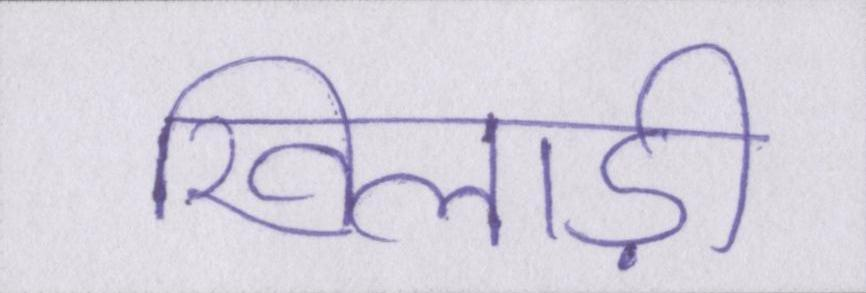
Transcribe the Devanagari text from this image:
खिलाड़ी